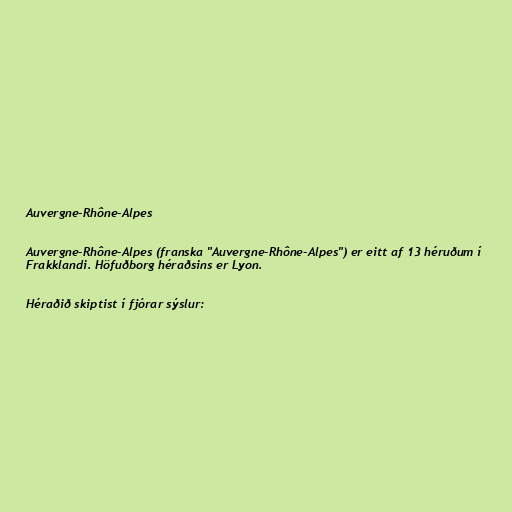
Auvergne-Rhône-Alpes

Auvergne-Rhône-Alpes (franska "Auvergne-Rhône-Alpes") er eitt af 13 héruðum í
Frakklandi. Höfuðborg héraðsins er Lyon.

Héraðið skiptist í fjórar sýslur: